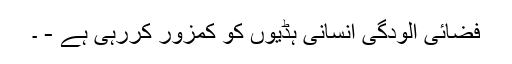
فضائی آلودگی انسانی ہڈیوں کو کمزور کررہی ہے - ۔